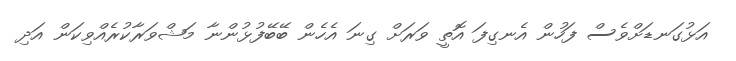
އަޅުގަނޑަށްވެސް ފަހުން އެނގިފަ އޮތީ ވަރަށް ގިނަ އެހެން ބޭބޭފުޅުންނާ މަޝްވަރާކުރެއްވިކަން އަދި